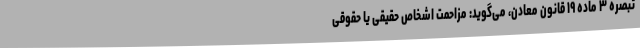
تبصره ۳ ماده ۱۹ قانون معادن، می‌گوید: مزاحمت اشخاص حقیقی یا حقوقی